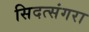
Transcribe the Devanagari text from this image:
सिदत्संगरा